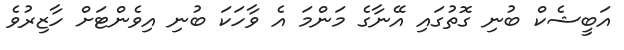
އަބީޝެކް ބުނި ގޮތުގައި އޭނާގެ މަންމަ އެ ވާހަކަ ބުނި އިވެންޓަށް ހާޒިރުވެ